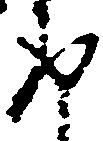
返